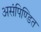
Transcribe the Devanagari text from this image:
असंपिण्डित